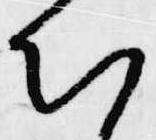
知